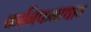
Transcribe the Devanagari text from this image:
कानिफनाथाय